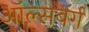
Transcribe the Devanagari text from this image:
ऑल्सबर्ग